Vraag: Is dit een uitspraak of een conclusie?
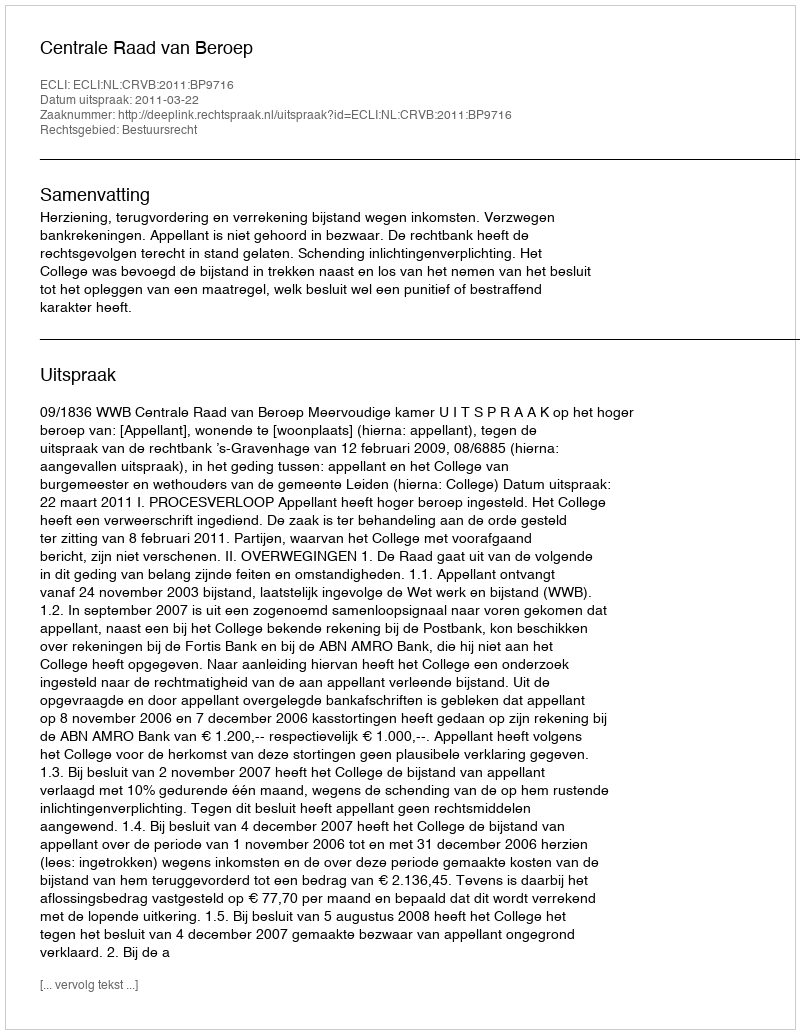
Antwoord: Uitspraak